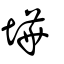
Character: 墷